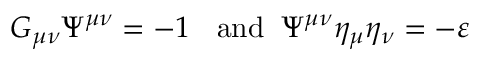
{ \cal G } _ { \mu \nu } \Psi ^ { \mu \nu } = - 1 \; \; \mathrm { ~ a n d } \; \; \Psi ^ { \mu \nu } \eta _ { \mu } \eta _ { \nu } = - \varepsilon